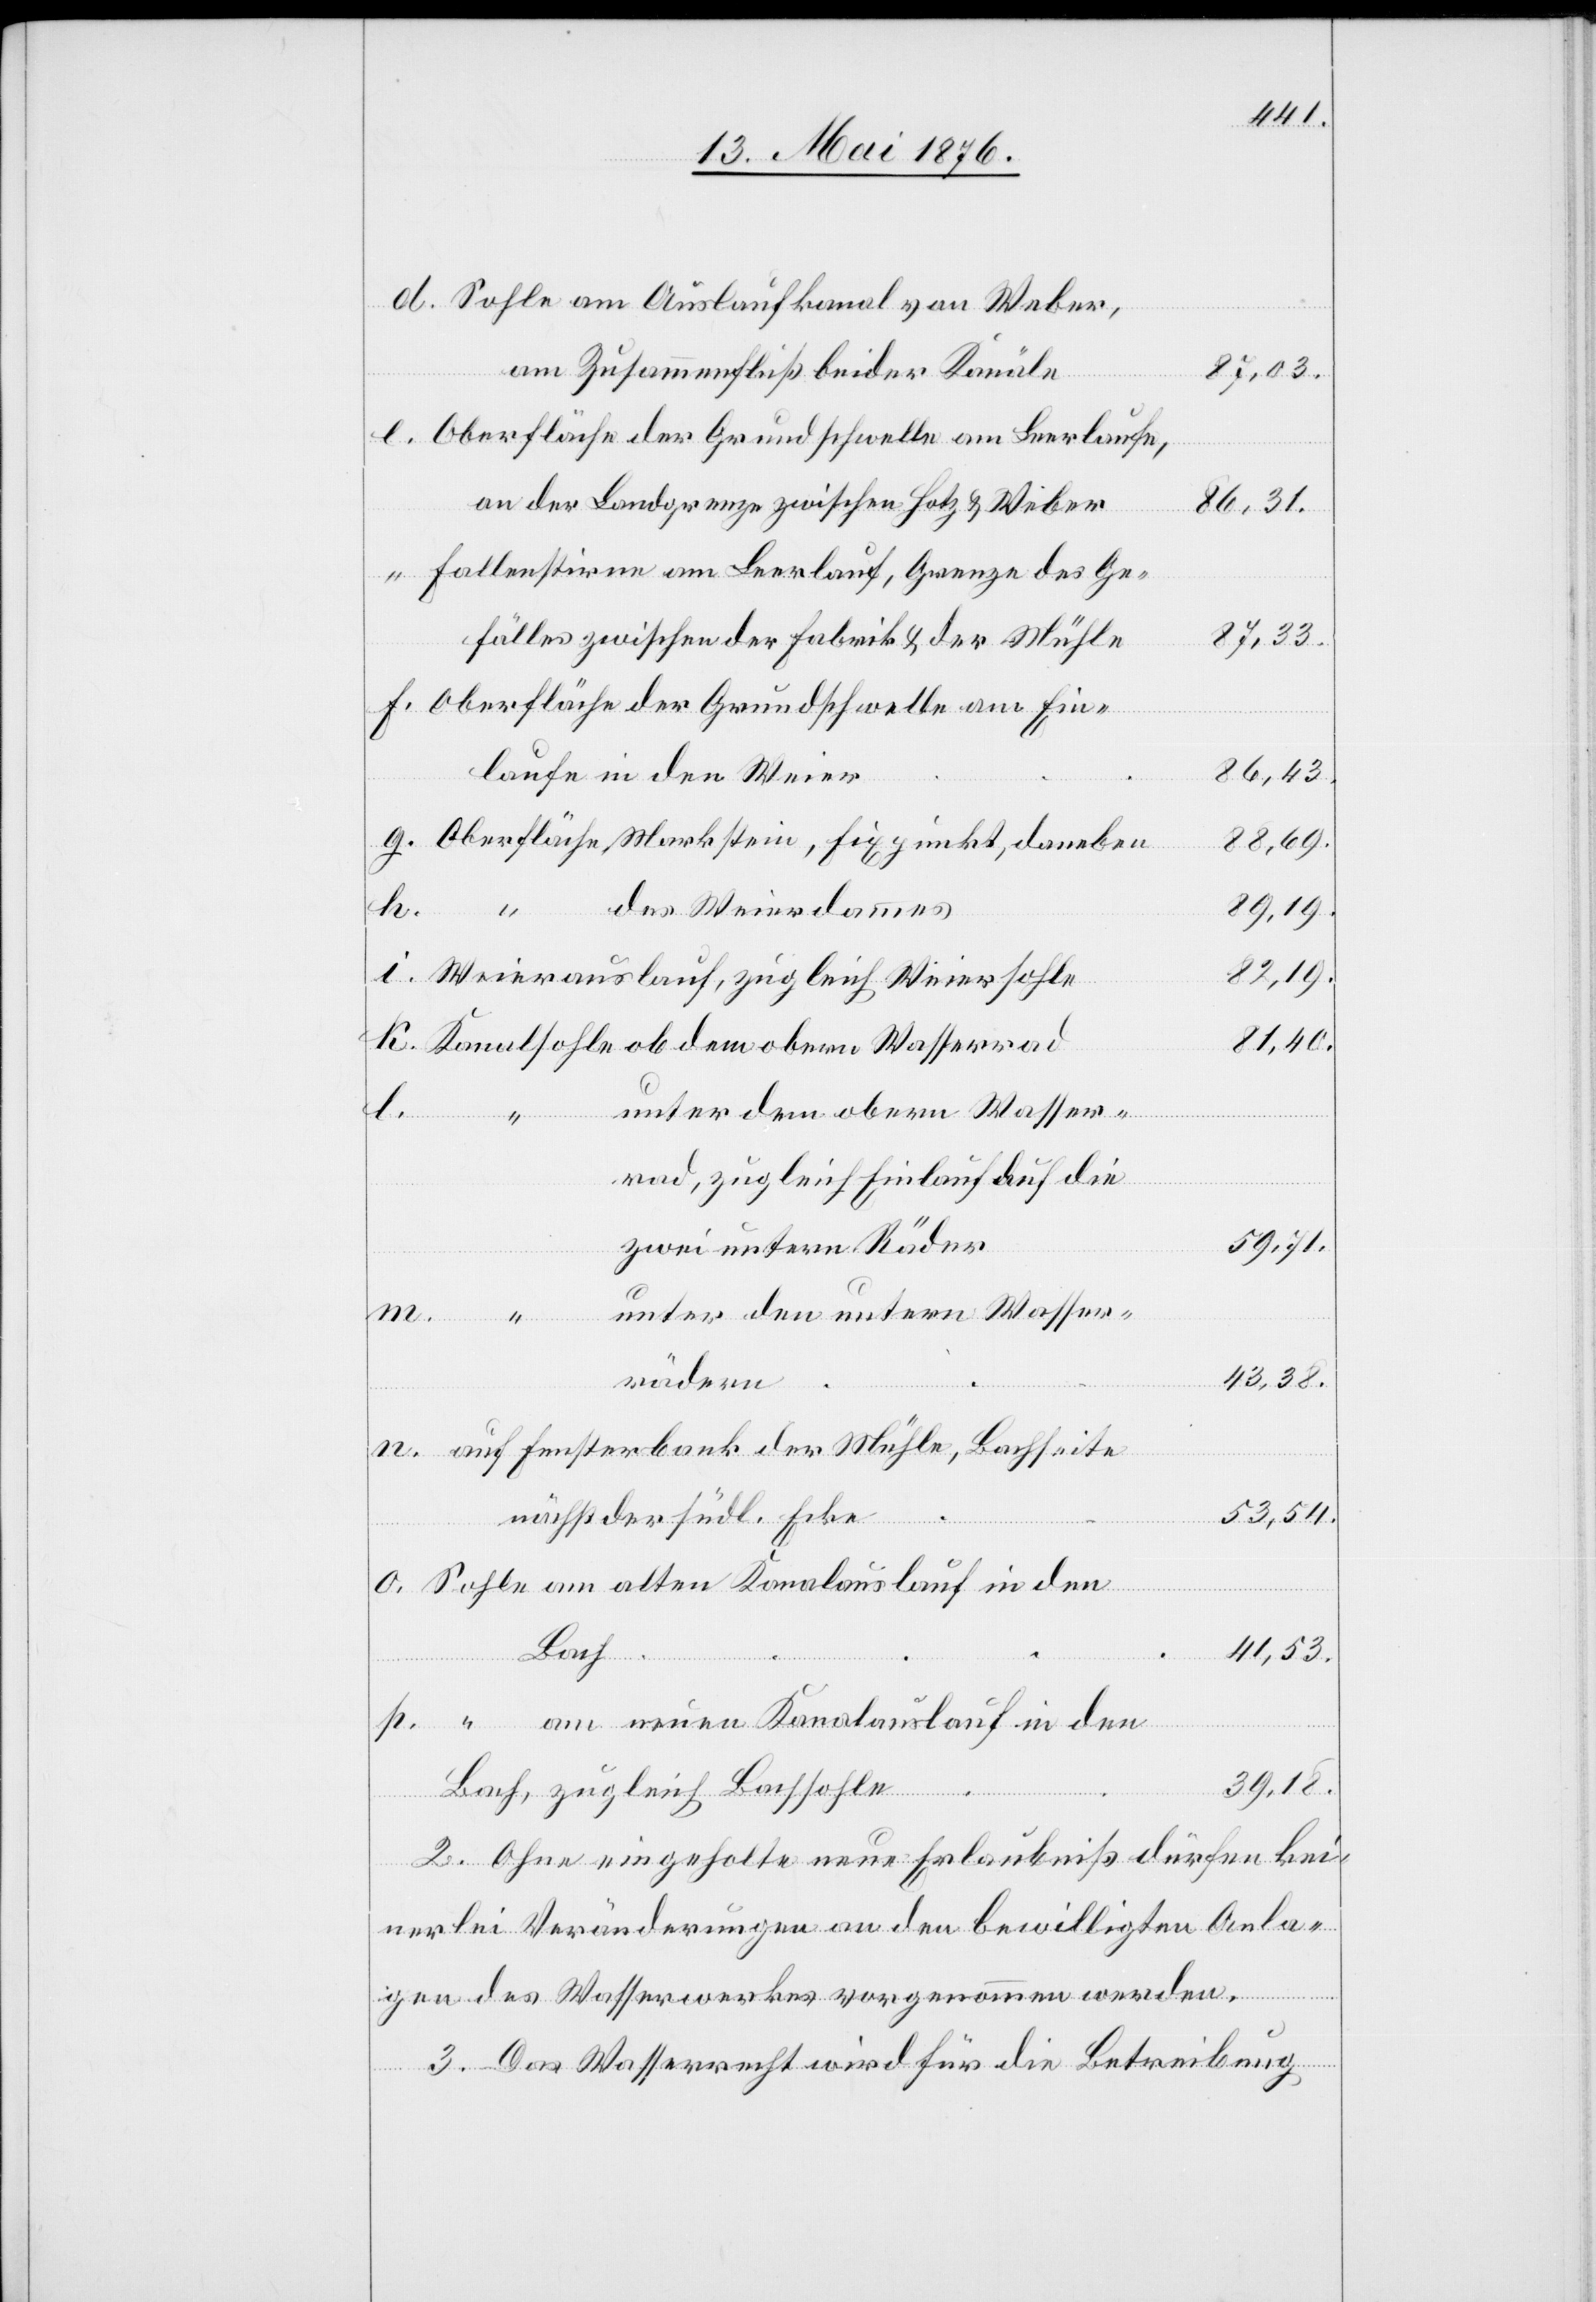
Sohle am Auslaufkanal von Weber,
am Zusammenfluß beider Kanäle
87,03.
Oberfläche der Grundschwelle am Leerlaufe,
an der Landgrenze zwischen Hotz & Weber
86,31.
Fallenstirne am Leerlauf, Grenze des Ge¬
87,33.
fälles zwischen der Fabrik & der Mühle
Oberfläche der Grundschwelle am Ein¬
86,43.
laufe in den Weier
p.
Oberfläche, Markstein, Fixpunkt, daneben
88,69.
des Weierdammes
59,71.
m.
Weierauslauf, zugleich Weiersohle
82,19.
Kanalsohle ob dem obern Wasserrad
81,40.
unter dem obern Wasser¬
o.
“
rad, zugleich Einlauf auf die
zwei untern Räder
unter den untern Wasser¬
43,38.
rädern
auf Fensterbank der Mühle, Bachseite
53,54.
nächst der südl. Ecke
Sohle am alten Kanalauslauf in den
41,53.
Bach
“ am neuen Kanalauslauf in den
39,18.
Bach, zugleich Bachsohle
2. Ohne eingeholte neue Erlaubniß dürfen kei¬
nerlei Veränderungen an den bewilligten Anla¬
gen des Wasserwerkes vorgenommen werden.
3. Das Wasserrecht wird für die Betreibung